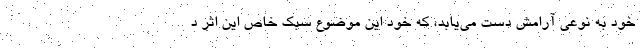
خود به نوعی آرامش دست می‌یابد، که خود این موضوع سبک خاص این اثر د